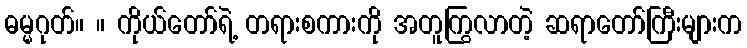
ဓမ္မဂုတ်။ ။ ကိုယ်တော်ရဲ့ တရားစကားကို အတူကြွလာတဲ့ ဆရာတော်ကြီးများက